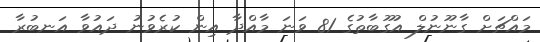
މައްޗަށް ގާނޫނުލް އުގޫބާތުގެ 81 ވަނަ މާއްދާ އިން ކުރެވުނު ދައުވާ އަނބުރާ